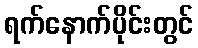
ရက်နောက်ပိုင်းတွင်